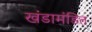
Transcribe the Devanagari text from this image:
खंडामंडित